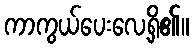
ကာကွယ်ပေးလေ့ရှိ၏။